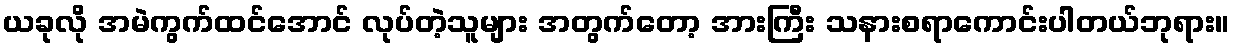
ယခုလို အမဲကွက်ထင်အောင် လုပ်တဲ့သူများ အတွက်တော့ အားကြီး သနားစရာကောင်းပါတယ်ဘုရား။